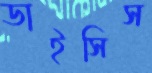
ডাইসিস